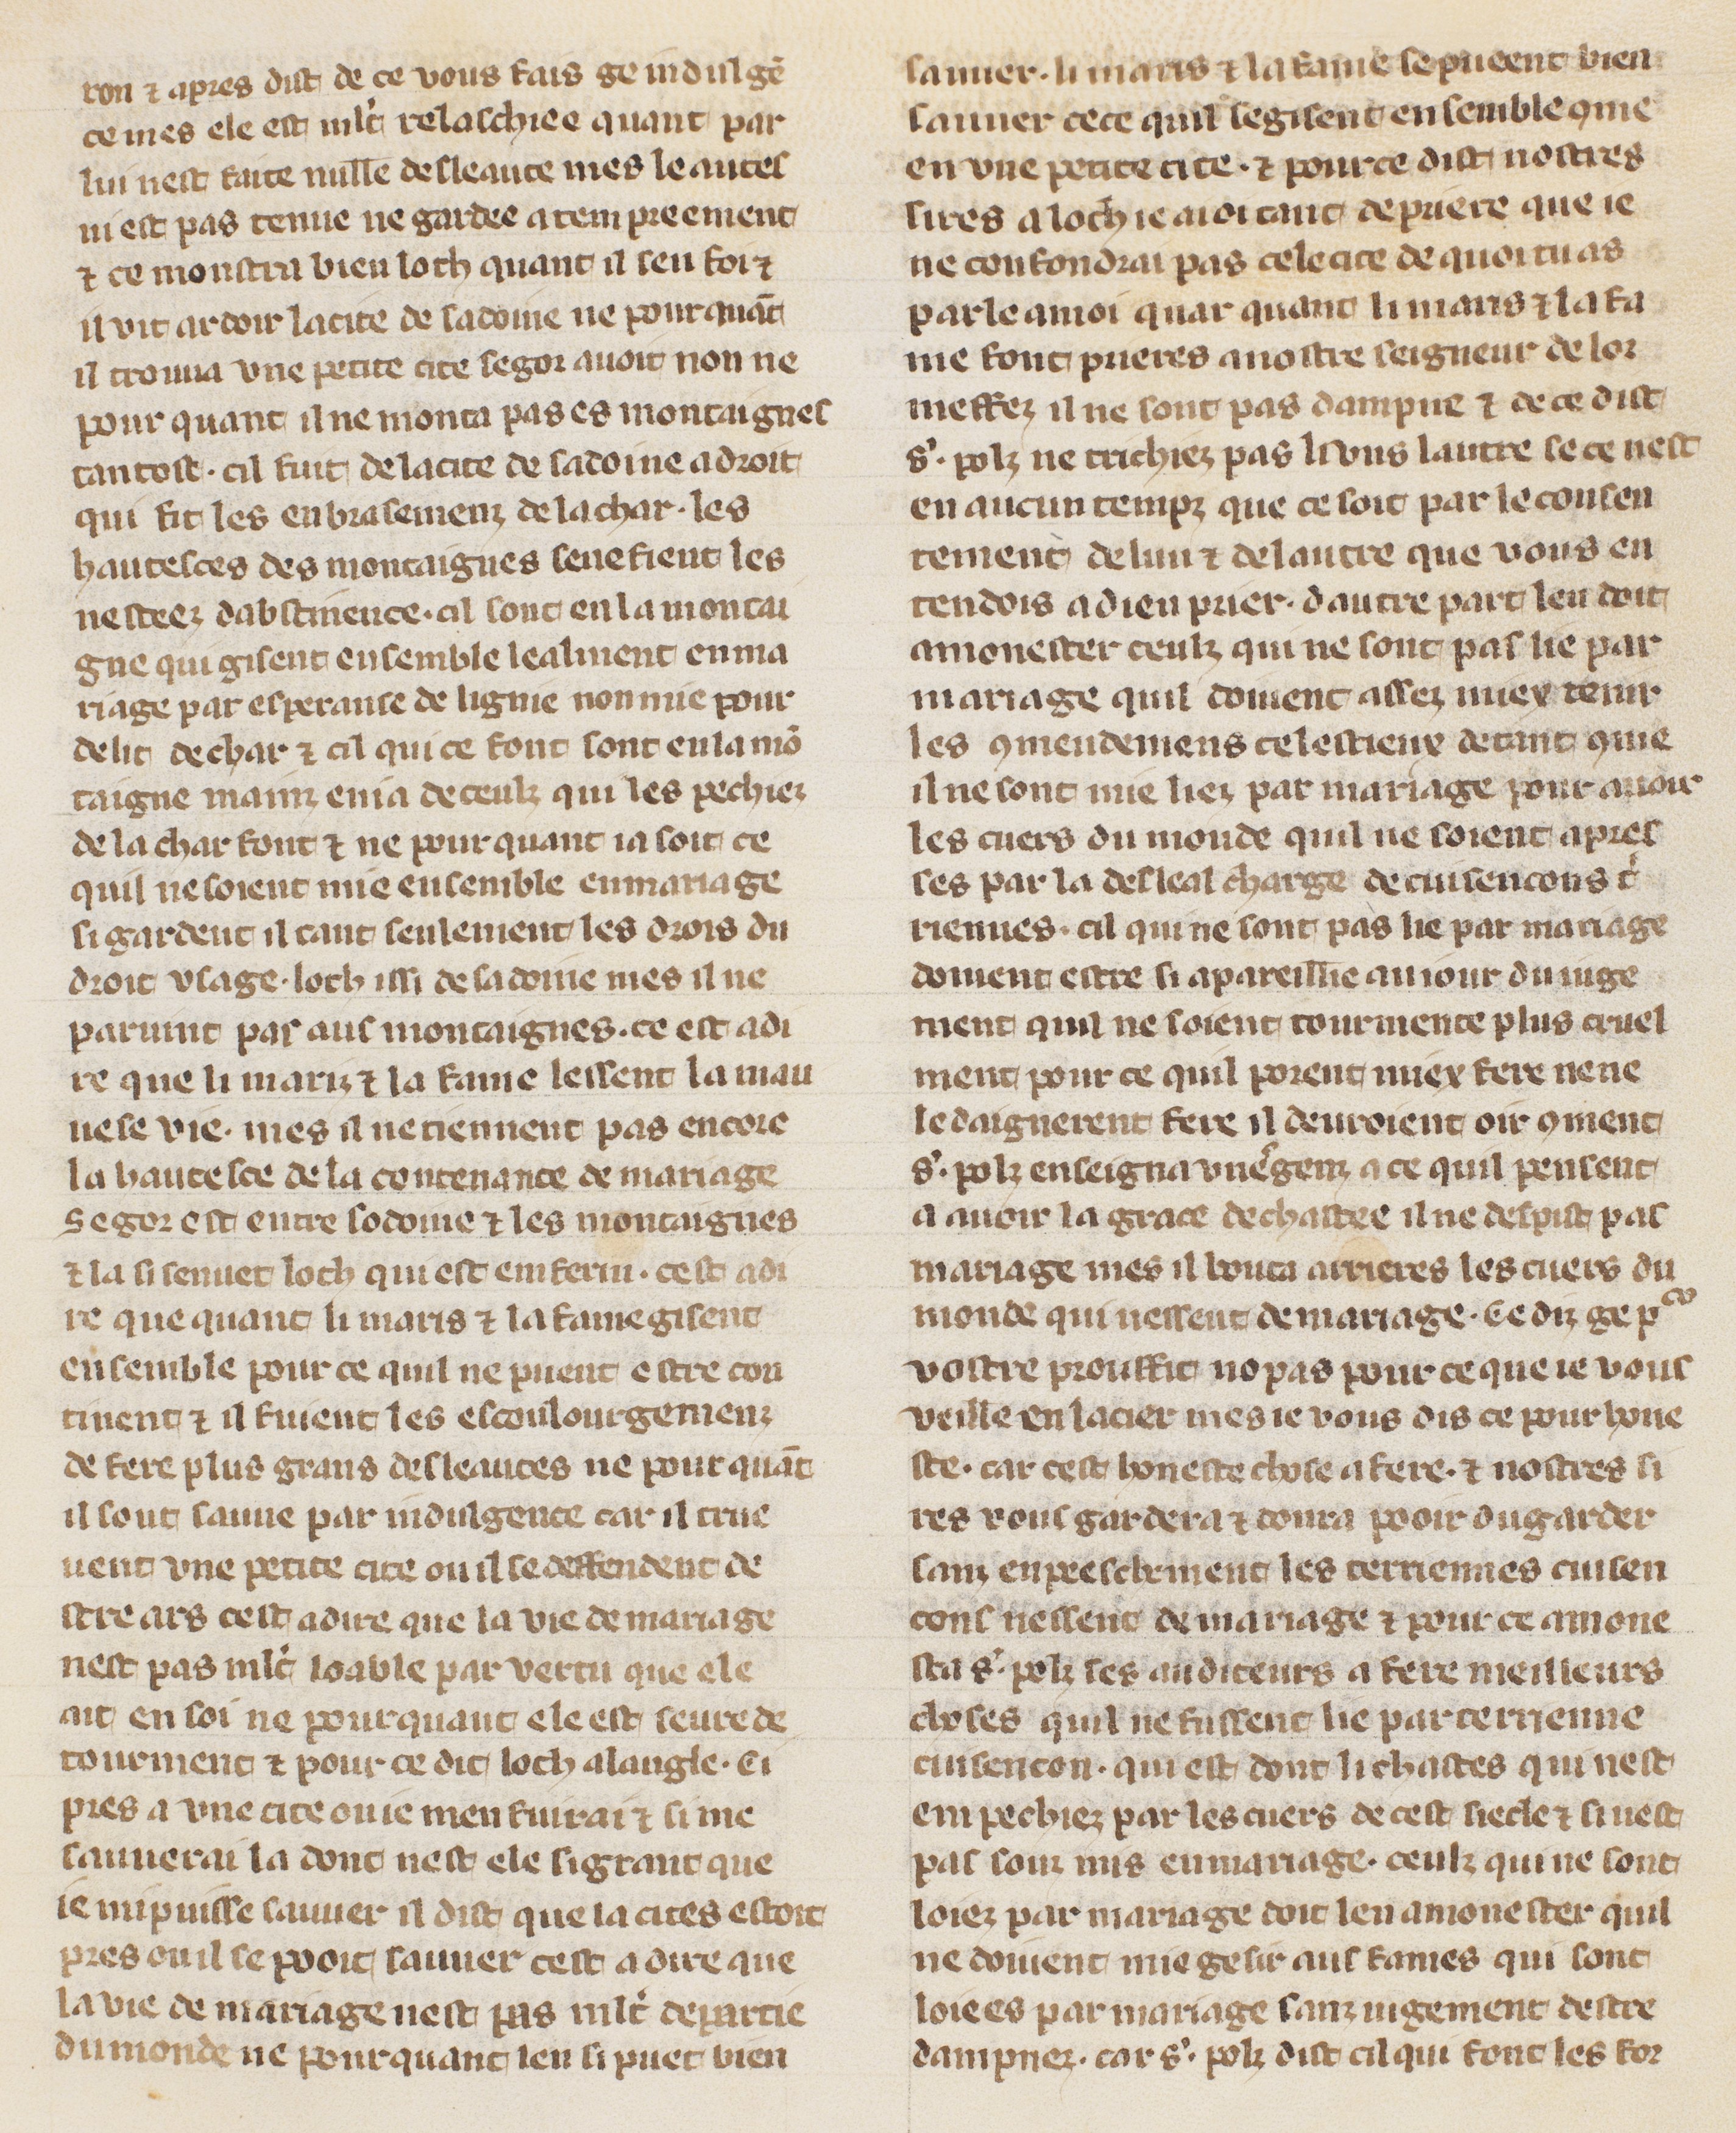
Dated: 1305–1335